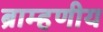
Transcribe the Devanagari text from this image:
ब्राम्हणीय